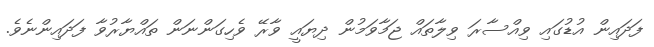
ފަދައިން އުޑުގައި ވިއްސާރަ ވިލާތައް ޖަމާވަމުން ދިޔައީ ވާރޭ ވެހިގަންނަން ތައްޔާރުވާ ފަދައިންނެވެ.